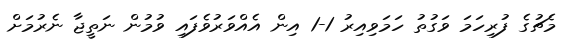
މެޗުގެ ފުރިހަމަ ވަގުތު ހަމަވިއިރު 1-1 އިން އެއްވަރުވެފައި ވުމުން ނަތީޖާ ނެރުމަށް